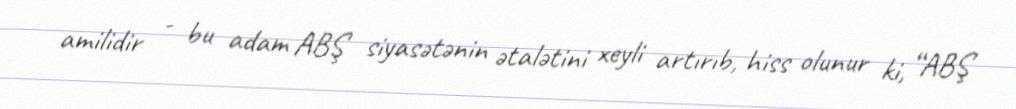
amilidir - bu adam ABŞ siyasətənin ətalətini xeyli artırıb, hiss olunur ki, “ABŞ